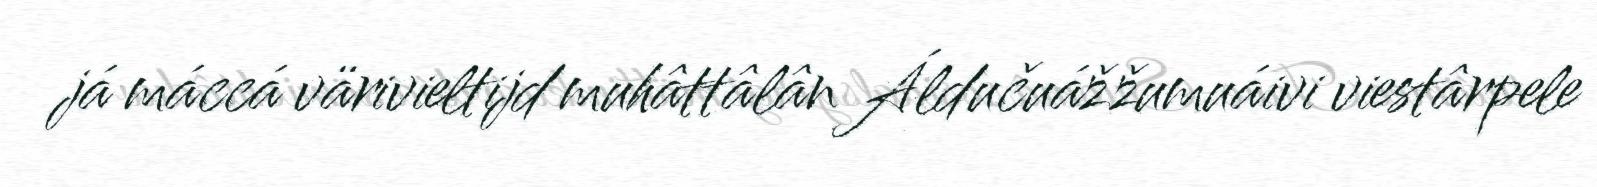
já máccá värivieltijd muhâttâlân Áldučuážžumuáivi viestârpele